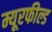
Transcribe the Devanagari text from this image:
म्यूरफील्ड